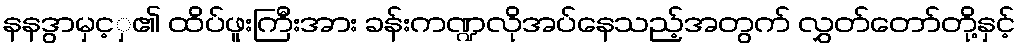
နနဒွာမှင့ှ၏ ထိပ်ဖူးကြီးအား ခန်းကဏ္ဍလိုအပ်နေသည့်အတွက် လွှတ်တော်တို့နှင့်